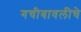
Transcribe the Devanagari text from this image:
गचीबावलीचे